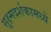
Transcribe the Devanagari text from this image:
सूक्ष्मदर्शकामध्ये